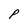
Character: P